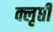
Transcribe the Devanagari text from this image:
क्लृप्ती